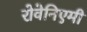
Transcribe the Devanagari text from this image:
रोवेनिएमी